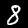
Label: 8